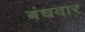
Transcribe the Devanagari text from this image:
बंधवार